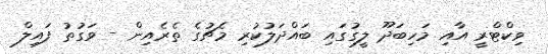
ވިކްޓްރީ އާއި މަހިބަދޫ ލީގުގައި ބައްދަލުކުރި މެޗުގެ ތެރެއިން - ވަގުތު ފައިލް